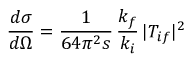
\frac { d \sigma } { d \Omega } = \frac { 1 } { 6 4 \pi ^ { 2 } s } \, \frac { k _ { f } } { k _ { i } } \, \vert T _ { i f } \vert ^ { 2 }